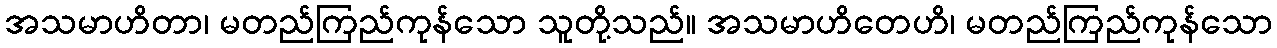
အသမာဟိတာ၊ မတည်ကြည်ကုန်သော သူတို့သည်။ အသမာဟိတေဟိ၊ မတည်ကြည်ကုန်သော